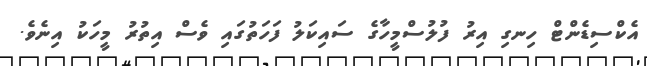
އެކްސިޑެންޓް ހިނގި އިރު ފުލުސްމީހާގެ ސައިކަލު ފަހަތުގައި ވެސް އިތުރު މީހަކު އިނެވެ.